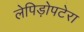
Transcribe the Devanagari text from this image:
लेपिड़ोपटेरा